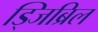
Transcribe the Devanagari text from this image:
ड्जिब्रिल